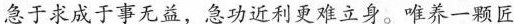
急于求成于事无益，急功近利更难立身。唯养一颗匠